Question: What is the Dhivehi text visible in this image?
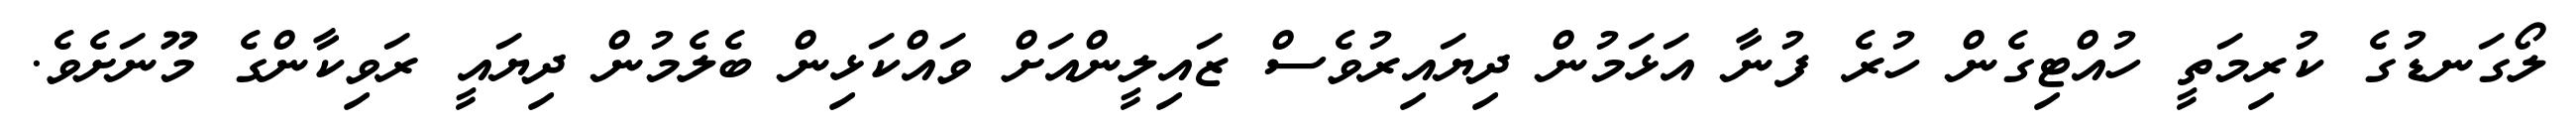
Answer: ލޯގަނޑުގެ ކުރިމަތީ ހުއްޓިގެން ހުރެ ފުނާ އަޅަމުން ދިޔައިރުވެސް ޒައިލީންއަށް ވައްކަޅިން ބެލެމުން ދިޔައީ ރަވިކާންގެ މޫނަށެވެ.